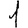
Digit: 1